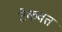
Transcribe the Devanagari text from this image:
टेकवत